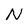
Character: N